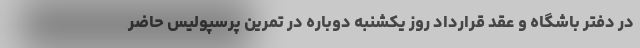
در دفتر باشگاه و عقد قرارداد روز یکشنبه دوباره در تمرین پرسپولیس حاضر